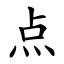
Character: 点